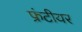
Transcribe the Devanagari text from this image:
फ्रंटीयर